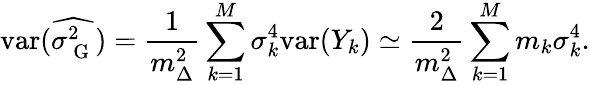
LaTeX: \mathrm{var}(\widehat{\sigma_{\mathrm{~G~}}^{2}})=\frac{1}{m_{\Delta}^{2}}\sum_{k=1}^{M}\sigma_{k}^{4}\mathrm{var}(Y_{k})\simeq\frac{2}{m_{\Delta}^{2}}\sum_{k=1}^{M}m_{k}\sigma_{k}^{4}.